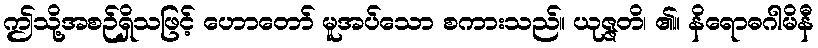
ဤသို့အစဉ်ရှိသဖြင့် ဟောတော် မူအပ်သော စကားသည်။ ယုဇ္ဇတိ၊ ၏။ နိရောဓဂါမိနီ